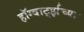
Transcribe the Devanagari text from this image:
हॉग्वार्ट्झच्या